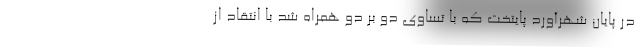
در پایان شهرآورد پایتخت که با تساوی دو بر دو همراه شد با انتقاد از